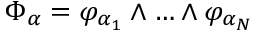
\Phi _ { \alpha } = \varphi _ { \alpha _ { 1 } } \wedge \ldots \wedge \varphi _ { \alpha _ { N } }